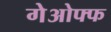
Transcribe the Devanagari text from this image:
गेओफ्फ